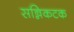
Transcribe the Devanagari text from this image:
सन्निकटक